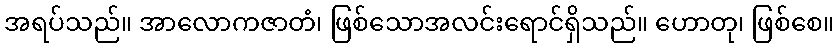
အရပ်သည်။ အာလောကဇာတံ၊ ဖြစ်သောအလင်းရောင်ရှိသည်။ ဟောတု၊ ဖြစ်စေ။